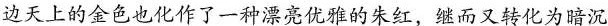
边天上的金色也化作了一种漂亮优雅的床红，继而又转化为暗沉